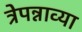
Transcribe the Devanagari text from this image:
त्रेपन्नाव्या